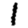
Digit: 1